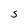
Character: S